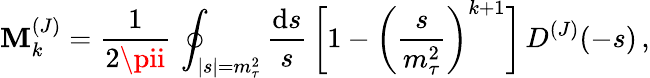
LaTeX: {\cal\mathbf{M}}_{k}^{(J)}={\frac{{1}}{{2\pii}}}\, \oint_{|s|=m_{\tau}^{2}}{\frac{{\mathrm{{d}}s}}{{s}}}\, \bigg[1-\bigg({\frac{{s}}{{m_{\tau}^{2}}}}\bigg)^{k+1}\bigg]\, D^{(J)}(-s)\, ,